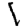
Digit: 1